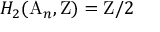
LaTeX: H _ { 2 } ( \mathrm { A } _ { n } , \mathrm { Z } ) = \mathrm { Z } / 2